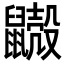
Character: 𪖃